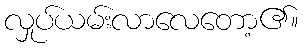
လှုပ်ယမ်းလာလေတော့၏။